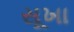
સૂખા